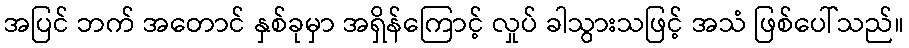
အပြင် ဘက် အတောင် နှစ်ခုမှာ အရှိန်ကြောင့် လှုပ် ခါသွားသဖြင့် အသံ ဖြစ်ပေါ်သည်။